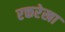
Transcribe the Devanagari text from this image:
रक्तरेखा